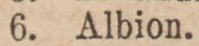
6. Albion.